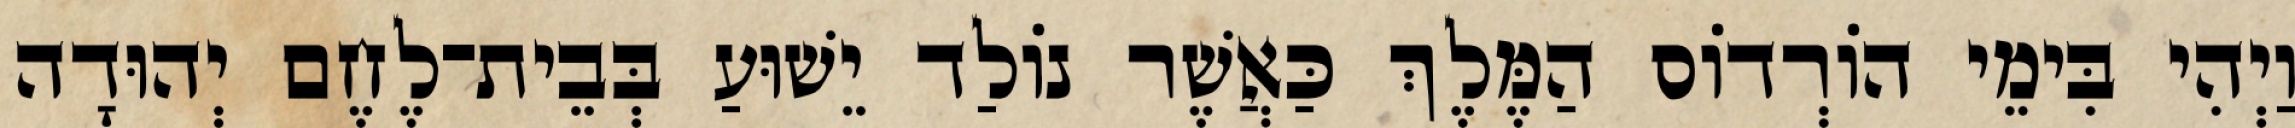
וַיְהִי בִּימֵי הוֹרְדוֹס הַמֶּלֶךְ כַּאֲשֶׁר נוֹלַד יֵשׁוּעַ בְּבֵית־לֶחֶם יְהוּדָה